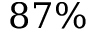
8 7 \%